Annual report of the Prince of Wales Medical College, Patna
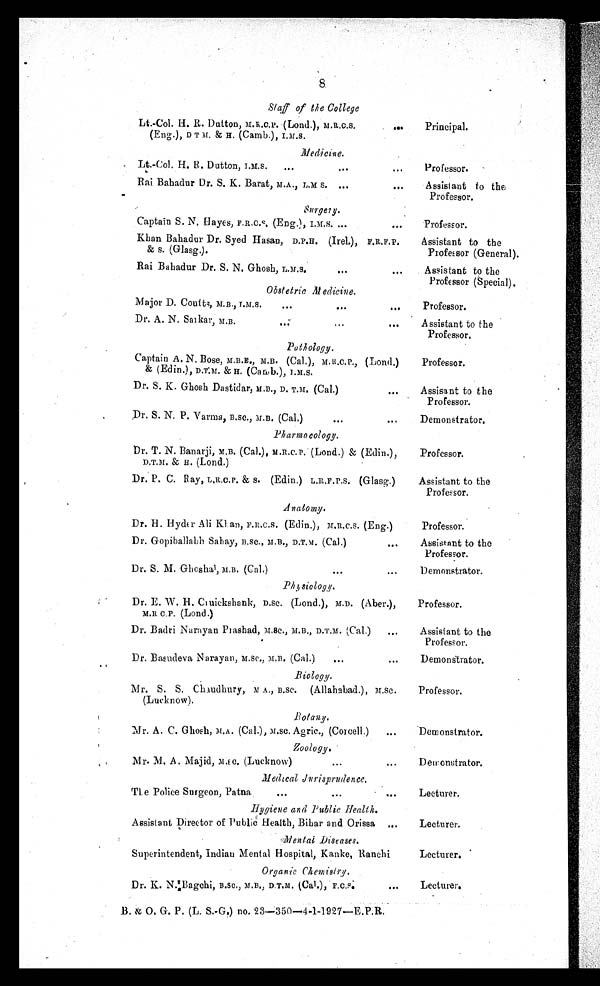
8
Staff of the College
Lt.-Col. H. R. Dutton, M.R.C.P. (Lond.), M.R.C.S.
(Eng.), D T M. & H. (Camb.), I.M.S.
. . .
Principal.
Medicine.
Lt.-Col. H. B. Dutton, I.M.S.
...
. . .
...
Professor.
Rai Bahadur Dr. S. K. Barat, M.A., L.M S. ...
...
Assistant to the
Professor.
Surgery.
Captain S. N. Hayes, F.R.C.S. (Eng.), I.M.S. ...
. . .
Professor.
Khan Bahadur Dr. Syed Hasan, D.P.H. (Irel.), F.R.F.P.
& s. (Glasg.).
Assistant to the
Professor (General).
Rai Bahadur Dr. S. N. Ghosh, L.M.S.
...
. . .
Assistant to the
Professor (Special).
Obstetric Medicine.
M ajor D. Coutts, M.B., I.M.S
...
. . .
. . .
Professor.
Dr. A. N. Sankar, M.B.
. . .
. . .
. . .
Assistant to the
Professor.
Pathology.
Captain A. N. Bose, M.B.E., M.B. (Cal.), M. R.C.P., (Lond.)
& (Edin.), D.T.M. & H. (Camb.), I.M.S.
Professor.
Dr. S. K. Ghosh Dastidar, M.B., D. T.M. (Cal.)
. . .
Assisant to the
Professor.
Dr. S. N. P. Varma, B.SC., M.B. (Cal.)
...
. . .
Demonstrator.
Pharmacology.
Dr. T. N. Banarji, M.B. (Cal.), M.R.C.P. (Lond.) & (Edin.),
D.T.M. & H. (Lond.)
Professor.
Dr. P. C. Ray, L.R.C.P. & s. (Edin.) L.R.F.P.S. (Glasg.)
Assistant to the
Professor.
Anatomy.
Dr. H. Hyder Ali Klan, F.R.C.S. (Edin.), M.R.C.S. (Eng.)
Professor.
Dr. Gopiballabh Sahay, B.SC., M.B., D.T.M. (Cal.)
. . .
Assistant to the
Professor.
Dr. S. M. Ghoshal, M.B. (Cal.)
...
...
Demonstrator.
Physiology.
Dr. E. W. H. Cruickshank, D.Sc. (Lond.), M.D. (Aber.),
M. RC. P. ( Lo n d . )
Professor.
Dr. Badri Narayan Prashad, M.Sc., M.B., D.T.M. (Cal.)
...
Assistant to the
Professor.
Dr. Basudeva Narayan, M.Sc., M.B. (Cal.)
...
...
Demonstrator.
Biology.
Mr. S. S. Chaudhury, M A., B.SC. (Allahabad.), M.SC.
(Lucknow).
Professor.
Botany.
Mr. A. C. Ghosh, M.A. (Cal.), M.SC. Agric., (Corcell.)
...
Demonstrator.
Zoology.
Mr. M. A. Majid, M .E C. (Lucknow)
...
. . .
Demonstrator.
Medical Jurisprudence.
e.e
The Police Surgeon, Patna
...
. . .
...
Lecturer.
Hygiene and Public Health.
Assistant Director of Public Health, Bihar and Orissa . . .
Lecturer.
Superintendent, Indian Mental Hospital, Kanke, Ranchi
Lecturer.
Organic Chemistry.
Dr. K. N.Bagchi, B.SC., M.B., D.T.M. (Cal.), F.C.S.
. . .
Lecturer.
B, & O. G. P. (L. S.-G.) no. 23—350—4-1-1927—E.P.R.